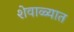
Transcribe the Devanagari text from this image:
शेवाळ्यात